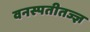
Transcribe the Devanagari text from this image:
वनस्पतीतज्ज्ञ